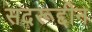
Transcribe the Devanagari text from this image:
सदरूद्दीन